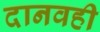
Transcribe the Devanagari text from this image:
दानवही